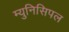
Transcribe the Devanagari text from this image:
म्‍युनिसिपल